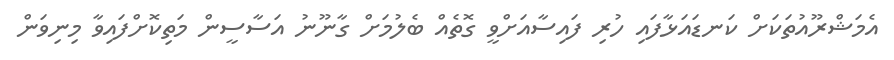
އެމަޝްރޫއުތަކަށް ކަނޑައަޅާފައި ހުރި ފައިސާއަށްވީ ގޮތެއް ބެލުމަށް ގާނޫނު އަސާސީން މަތިކޮށްފައިވާ މިނިވަން